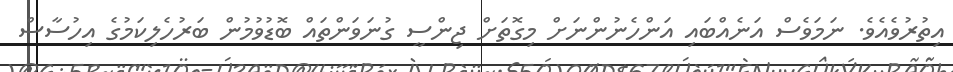
އިތުރުވެއެވެ. ނަމަވެސް އަނެއްބައި އަންހެނުންނަށް މިގޮތަށް ޖިންސީ ގުނަވަންތައް ބޮޑުވުމުން ބަރުހެލިކަމުގެ އިހުސާސް